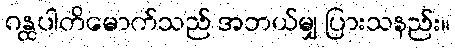
ဂန္ထပါတိမောက်သည် အဘယ်မျှ ပြားသနည်း။